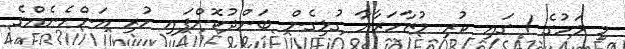
މި މަހުގެ 1 ގައި ކުރި މުޒާހަރާއާ ގުޅިގެން ބަންދުކޮށްފައި ހުރި އަންހެނެއްގެ